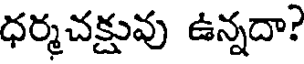
ధర్మచక్షువు ఉన్నదా?